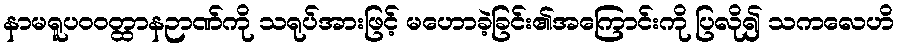
နာမရူပဝဝတ္ထာနဉာဏ်ကို သရုပ်အားဖြင့် မဟောခဲ့ခြင်း၏အကြောင်းကို ပြလို၍ သကလေဟိ